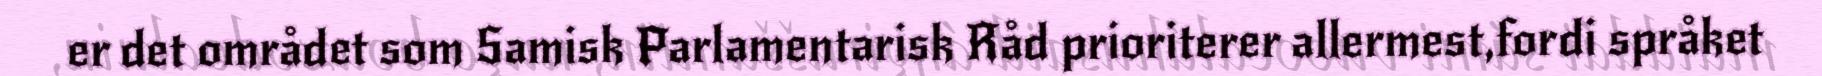
er det området som Samisk Parlamentarisk Råd prioriterer allermest,fordi språket